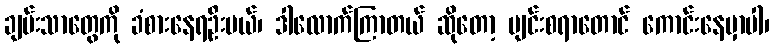
ချမ်းသာတွေကို ခံစားနေရဦးမယ်၊ ဒါလောက်ကြာတယ် ဆိုတော့ ပျင်းစရာတောင် ကောင်းနေမှာပါ၊